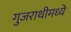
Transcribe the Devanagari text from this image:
गुजराथीमध्ये